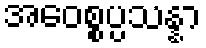
အဝေစ္စပ္ပသန္နာ